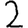
Digit: 2